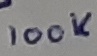
Text: 100K